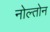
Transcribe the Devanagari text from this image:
नोल्तोन